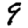
Digit: 9